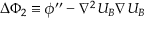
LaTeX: \Delta \Phi _ { 2 } \equiv \phi ^ { \prime \prime } - \nabla ^ { 2 } U _ { B } \nabla U _ { B }